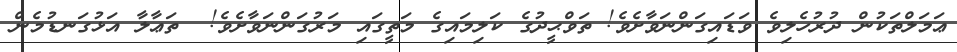
ޢަމަލްތަކުން ދުރުހެލިވެ ވަޑައިގަންނަވާށެވެ! ތަވްޙީދުގެ ކަލިމައިގެ މަތީގައި މަރުގަންނަވާށެވެ!  ތަޢާލާ އަޅުގަނޑުމެން